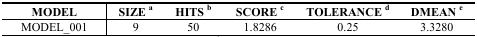
<table><thead><tr><td><b>MODEL</b></td><td><b>SIZE a</b></td><td><b>HITS b</b></td><td><b>SCORE c</b></td><td><b>TOLERANCE d</b></td><td><b>DMEAN e</b></td></tr></thead><tbody><tr><td>MODEL_001</td><td>9</td><td>50</td><td>1.8286</td><td>0.25</td><td>3.3280</td></tr></tbody></table>